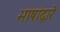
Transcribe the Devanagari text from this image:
भाषांद्वारे